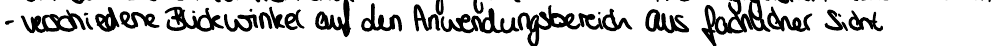
- verschiedene Blickwinkel auf den Anwendungsbereich aus fachlicher Sicht